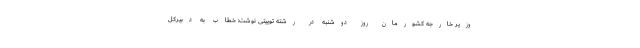
وزیر خارجه کشورمان روز دوشنبه در رشته توییتی نوشت: خطاب به دبیرکل